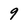
Character: 9